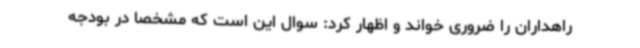
راهداران را ضروری خواند و اظهار کرد: سوال این است که مشخصا در بودجه